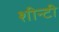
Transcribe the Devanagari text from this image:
शीन्टी